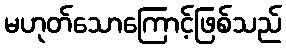
မဟုတ်သောကြောင့်ဖြစ်သည်